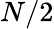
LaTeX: N/2